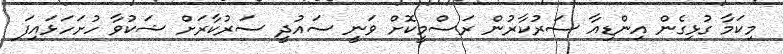
މިކަމާ ގުޅިގެން އިންޑިއާ ސަރުކާރުން ރަސްމީކޮށް ވަނީ ސައުދީ ސަރުކާރަށް ޝަކުވާ ހުށަހަޅައިފަ